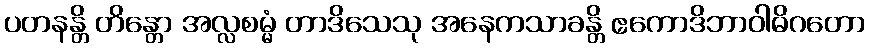
ပတနန္တိ တိန္တော အလ္လစမ္မံ တာဒိသေသု အနေကသာခန္တိ ဧကောဒိဘာဝါဓိဂတော